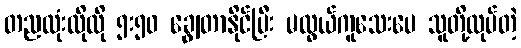
တညလုံးလိုလို ၅း၅၀ ချွေတာနိုင်ပြီး မလွယ်ကူသေးပေ သူတို့လုပ်တဲ့